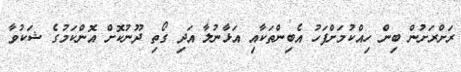
ރަށްރަށުން ބިން ހިއްކުމަށްފަހު އެބިންތަކާއި އަޅާނުލާ އަދި ގޯތި ދޫނުކޮށް އޮންކަމުގެ ޝަކުވާ